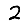
Digit: 2